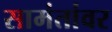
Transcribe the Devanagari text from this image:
सामंतांवर